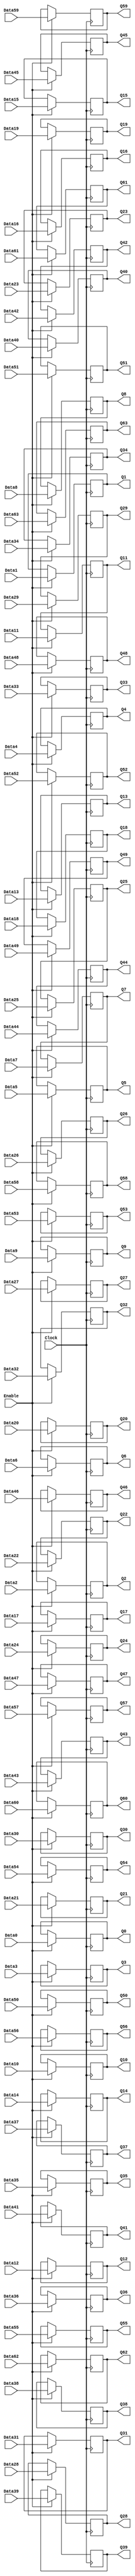
module fdce64(
	Clock, Enable,
	Data0, Data1, Data2, Data3, Data4, Data5, Data6, Data7, Data8, Data9, Data10, Data11, Data12, Data13, Data14, Data15, Data16, Data17, Data18, Data19, Data20, Data21, Data22, Data23, Data24, Data25, Data26, Data27, Data28, Data29, Data30, Data31, Data32, Data33, Data34, Data35, Data36, Data37, Data38, Data39, Data40, Data41, Data42, Data43, Data44, Data45, Data46, Data47, Data48, Data49, Data50, Data51, Data52, Data53, Data54, Data55, Data56, Data57, Data58, Data59, Data60, Data61, Data62, Data63,
	Q0, Q1, Q2, Q3, Q4, Q5, Q6, Q7, Q8, Q9, Q10, Q11, Q12, Q13, Q14, Q15, Q16, Q17, Q18, Q19, Q20, Q21, Q22, Q23, Q24, Q25, Q26, Q27, Q28, Q29, Q30, Q31, Q32, Q33, Q34, Q35, Q36, Q37, Q38, Q39, Q40, Q41, Q42, Q43, Q44, Q45, Q46, Q47, Q48, Q49, Q50, Q51, Q52, Q53, Q54, Q55, Q56, Q57, Q58, Q59, Q60, Q61, Q62, Q63
);
input Clock, Enable;
input Data0, Data1, Data2, Data3, Data4, Data5, Data6, Data7, Data8, Data9, Data10, Data11, Data12, Data13, Data14, Data15, Data16, Data17, Data18, Data19, Data20, Data21, Data22, Data23, Data24, Data25, Data26, Data27, Data28, Data29, Data30, Data31, Data32, Data33, Data34, Data35, Data36, Data37, Data38, Data39, Data40, Data41, Data42, Data43, Data44, Data45, Data46, Data47, Data48, Data49, Data50, Data51, Data52, Data53, Data54, Data55, Data56, Data57, Data58, Data59, Data60, Data61, Data62, Data63;
output reg Q0, Q1, Q2, Q3, Q4, Q5, Q6, Q7, Q8, Q9, Q10, Q11, Q12, Q13, Q14, Q15, Q16, Q17, Q18, Q19, Q20, Q21, Q22, Q23, Q24, Q25, Q26, Q27, Q28, Q29, Q30, Q31, Q32, Q33, Q34, Q35, Q36, Q37, Q38, Q39, Q40, Q41, Q42, Q43, Q44, Q45, Q46, Q47, Q48, Q49, Q50, Q51, Q52, Q53, Q54, Q55, Q56, Q57, Q58, Q59, Q60, Q61, Q62, Q63;
always @(posedge Clock)
	if (Enable)
		{ Q0, Q1, Q2, Q3, Q4, Q5, Q6, Q7, Q8, Q9, Q10, Q11, Q12, Q13, Q14, Q15, Q16, Q17, Q18, Q19, Q20, Q21, Q22, Q23, Q24, Q25, Q26, Q27, Q28, Q29, Q30, Q31, Q32, Q33, Q34, Q35, Q36, Q37, Q38, Q39, Q40, Q41, Q42, Q43, Q44, Q45, Q46, Q47, Q48, Q49, Q50, Q51, Q52, Q53, Q54, Q55, Q56, Q57, Q58, Q59, Q60, Q61, Q62, Q63 } <= { Data0, Data1, Data2, Data3, Data4, Data5, Data6, Data7, Data8, Data9, Data10, Data11, Data12, Data13, Data14, Data15, Data16, Data17, Data18, Data19, Data20, Data21, Data22, Data23, Data24, Data25, Data26, Data27, Data28, Data29, Data30, Data31, Data32, Data33, Data34, Data35, Data36, Data37, Data38, Data39, Data40, Data41, Data42, Data43, Data44, Data45, Data46, Data47, Data48, Data49, Data50, Data51, Data52, Data53, Data54, Data55, Data56, Data57, Data58, Data59, Data60, Data61, Data62, Data63 };
endmodule